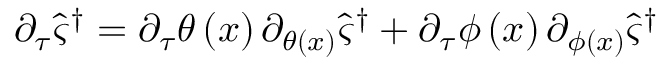
\partial _ { \tau } \hat { \varsigma } ^ { \dagger } = \partial _ { \tau } \theta \left( x \right) \partial _ { \theta \left( x \right) } \hat { \varsigma } ^ { \dagger } + \partial _ { \tau } \phi \left( x \right) \partial _ { \phi \left( x \right) } \hat { \varsigma } ^ { \dagger }